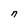
Character: n